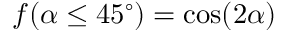
f ( \alpha \le 4 5 ^ { \circ } ) = \cos ( 2 \alpha )